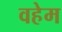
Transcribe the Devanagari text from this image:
वहेम